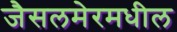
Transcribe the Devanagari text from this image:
जैसलमेरमधील